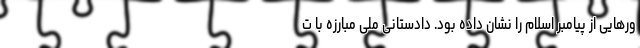
ورهایی از پیامبر اسلام را نشان داده بود. دادستانی ملی مبارزه با ت